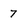
Character: 7